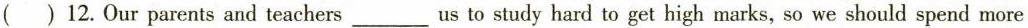
( )12. Our parents and teachers___us to study hard to get high marks, so we should spend more